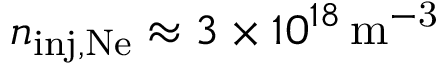
n _ { \mathrm { i n j , N e } } \approx 3 \times 1 0 ^ { 1 8 } \, \mathrm { m ^ { - 3 } }